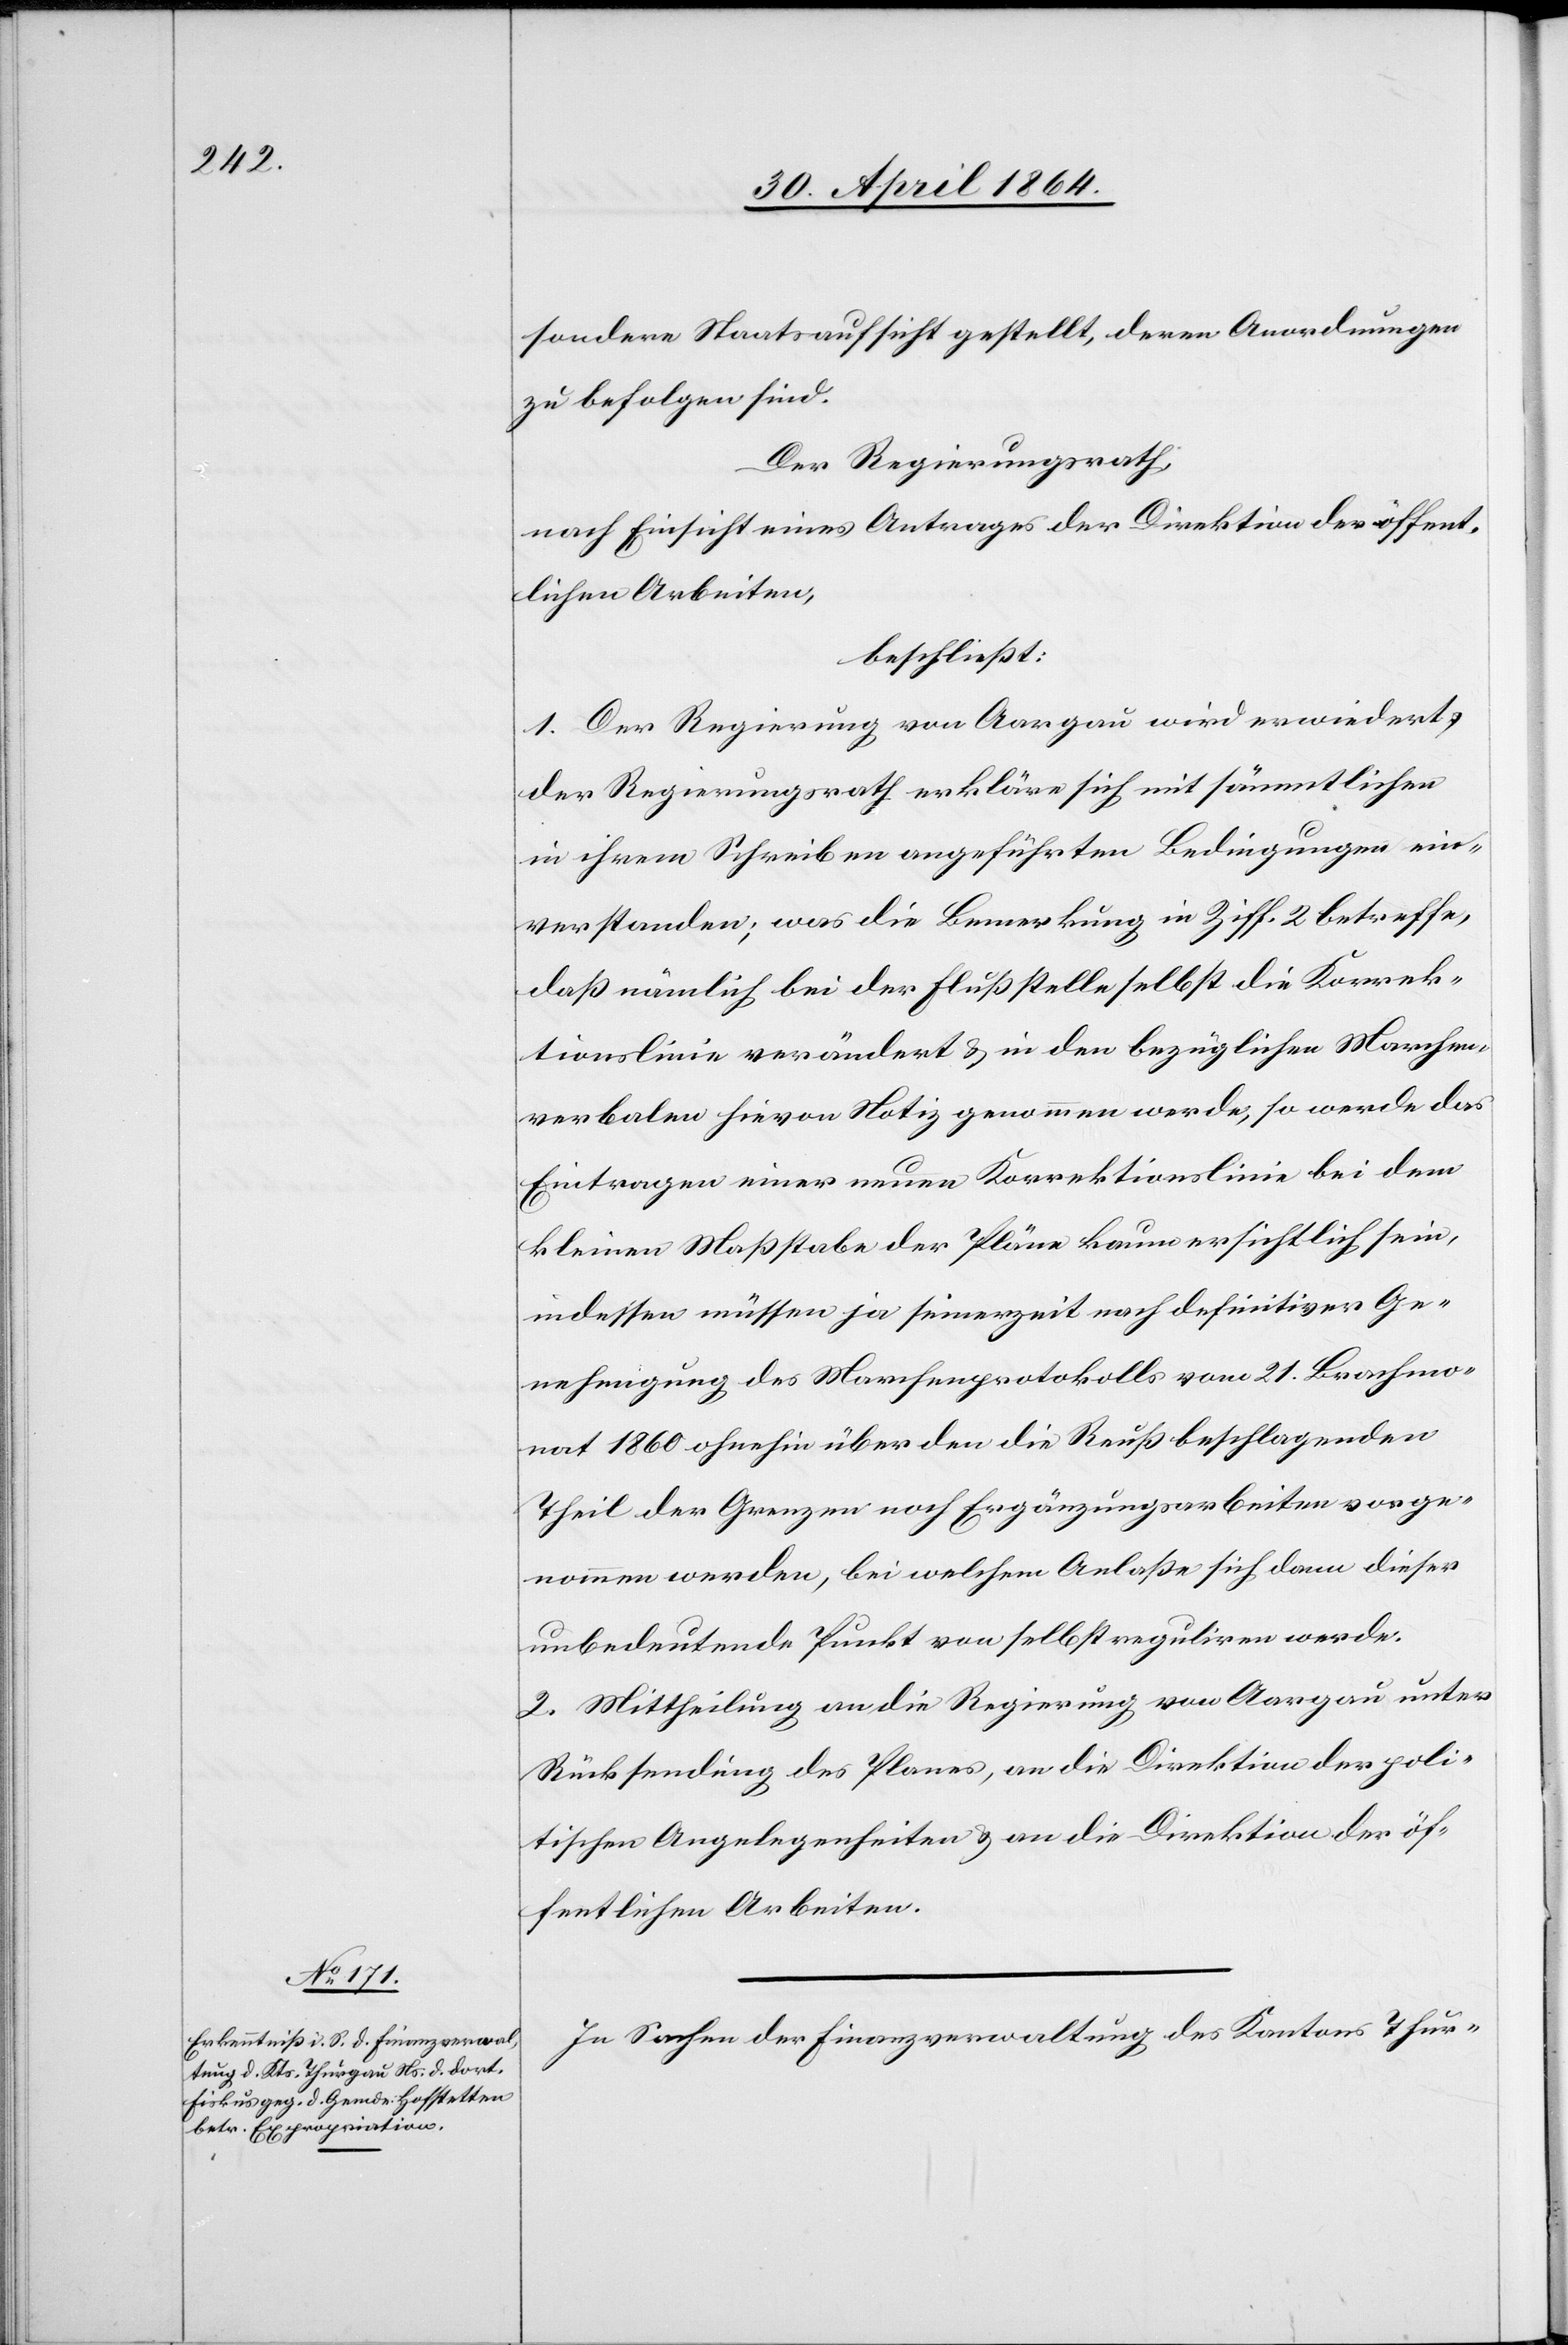
sondere Staatsaufsicht gestellt, deren Anordnungen
zu befolgen sind.
Der Regierungsrath,
nach Einsicht eines Antrages der Direktion der öffent¬
lichen Arbeiten,
beschließt:
1. Der Regierung von Aargau wird erwiedert,
der Regierungsrath erkläre sich mit sämmtlichen
in ihrem Schreiben angeführten Bedingungen ein¬
verstanden; was die Bemerkung in Ziff. 2 betreffe,
daß nämlich bei der Flußstelle selbst die Korrek¬
tionslinie verändert u. in den bezüglichen Marchen¬
verbalen hievon Notiz genommen werde, so werde das
Eintragen einer neuen Korrektionslinie bei dem
kleinen Maßstabe der Pläne kaum ersichtlich sein,
indessen müssen ja seinerzeit nach definitiver Ge¬
nehmigung des Marchenprotokolls vom 21. Brachmo¬
nat 1860 ohnehin über den die Reuß beschlagenden
Theil der Grenzen noch Ergänzungsarbeiten vorge¬
nommen werden, bei welchem Anlaße sich dann dieser
unbedeutende Punkt von selbst reguliren werde.
2. Mittheilung an die Regierung von Aargau unter
Rücksendung des Planes, and die Direktion der poli¬
tischen Angelegenheiten u. and die Direktion der öf¬
fentlichen Arbeiten.
In Sachen der Finanzverwaltung des Kantons Thur-